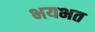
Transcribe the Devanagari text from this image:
भयभत